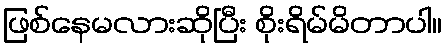
ဖြစ်နေမလားဆိုပြီး စိုးရိမ်မိတာပါ။